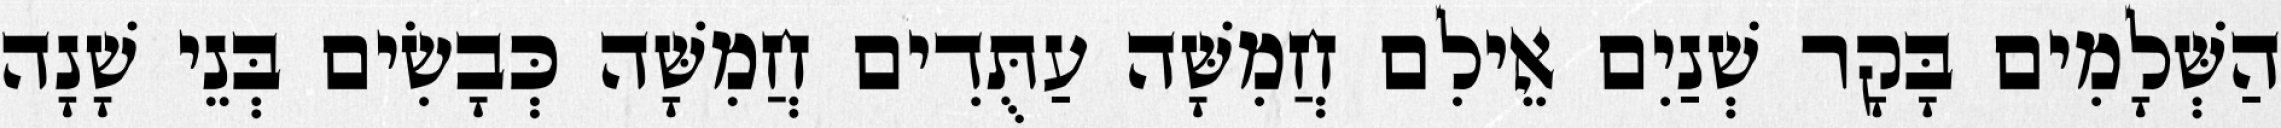
הַשְּׁלָמִים בָּקָר שְׁנַיִם אֵילִם חֲמִשָּׁה עַתֻּדִים חֲמִשָּׁה כְּבָשִׂים בְּנֵי שָׁנָה